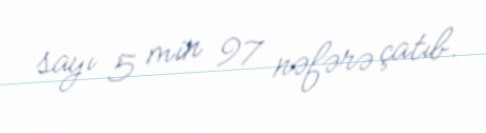
sayı 5 min 97 nəfərə çatıb.